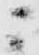
ニ